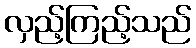
လှည့်ကြည့်သည်